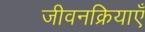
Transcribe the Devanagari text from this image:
जीवनक्रियाएँ